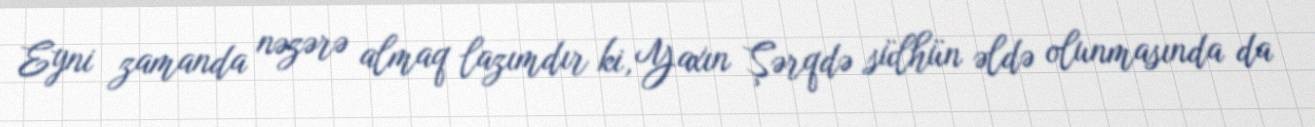
Eyni zamanda nəzərə almaq lazımdır ki, Yaxın Şərqdə sülhün əldə olunmasında da